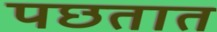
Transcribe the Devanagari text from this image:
पछतात